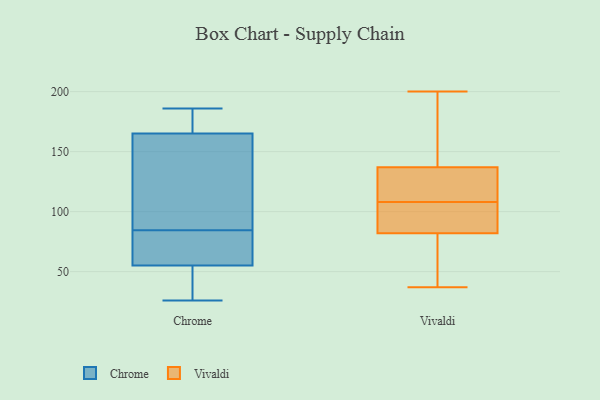
{"axis": {"x": "Headcount", "y": "Value"}, "legend": ["Chrome", "Vivaldi"], "data": [{"x": "", "y": 96, "type": "Chrome"}, {"x": "", "y": 103, "type": "Chrome"}, {"x": "", "y": 70, "type": "Chrome"}, {"x": "", "y": 35, "type": "Chrome"}, {"x": "", "y": 55, "type": "Chrome"}, {"x": "", "y": 26, "type": "Chrome"}, {"x": "", "y": 184, "type": "Chrome"}, {"x": "", "y": 165, "type": "Chrome"}, {"x": "", "y": 186, "type": "Chrome"}, {"x": "", "y": 73, "type": "Chrome"}, {"x": "", "y": 41, "type": "Vivaldi"}, {"x": "", "y": 137, "type": "Vivaldi"}, {"x": "", "y": 79, "type": "Vivaldi"}, {"x": "", "y": 141, "type": "Vivaldi"}, {"x": "", "y": 92, "type": "Vivaldi"}, {"x": "", "y": 95, "type": "Vivaldi"}, {"x": "", "y": 200, "type": "Vivaldi"}, {"x": "", "y": 137, "type": "Vivaldi"}, {"x": "", "y": 124, "type": "Vivaldi"}, {"x": "", "y": 46, "type": "Vivaldi"}, {"x": "", "y": 37, "type": "Vivaldi"}, {"x": "", "y": 126, "type": "Vivaldi"}, {"x": "", "y": 85, "type": "Vivaldi"}, {"x": "", "y": 175, "type": "Vivaldi"}, {"x": "", "y": 121, "type": "Vivaldi"}, {"x": "", "y": 85, "type": "Vivaldi"}]}